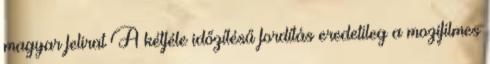
magyar felirat A kétféle időzítésű fordítás eredetileg a mozifilmes